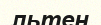
льтен